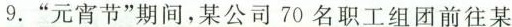
9.”元宵节”期间，某公司70名职工组团前往某